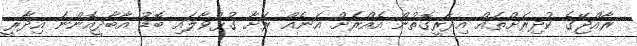
ރާއްޖޭގެ ކުދިރަށްތައް އިދާރީގޮތުން އެއްރަށް އަނެއް ރަށާ ގުޅުވާލައި ބޮޑު އާބާދީއޮންނަ އިދާރީ